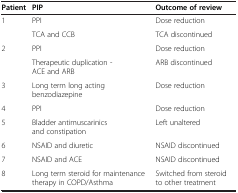
| Patient | PIP | Outcome of review |
 | --- | --- | --- |
 | <ROWSPAN=2> 1 | PPI | Dose reduction |
 | TCA and CCB | TCA discontinued |
 | <ROWSPAN=2> 2 | PPI | Dose reduction |
 | Therapeutic duplication - ACE and ARB | ARB discontinued |
 | 3 | Long term long acting benzodiazepine | Dose reduction |
 | 4 | PPI | Dose reduction |
 | 5 | Bladder antimuscarinics and constipation | Left unaltered |
 | 6 | NSAID and diuretic | NSAID discontinued |
 | 7 | NSAID and ACE | NSAID discontinued |
 | 8 | Long term steroid for maintenance therapy in COPD/Asthma | Switched from steroid to other treatment |